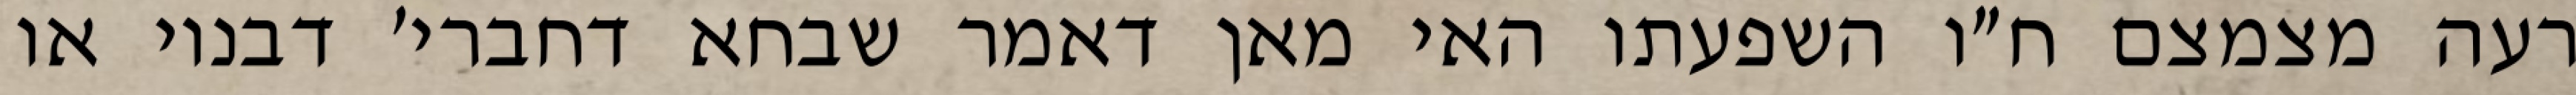
רעה מצמצם ח״ו השפעתו האי מאן דאמר שבחא דחברי׳ דבנוי או